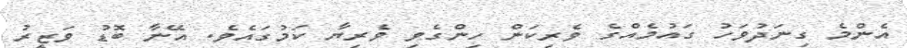
އެންމެ ގިނަދުވަހު ގައުމެއްގެ ވެރިކަން ހިންގެވި ވެރިޔާ ކަމުގައެވެ. އޭނާ ބޮޑު ވަޒީރު